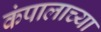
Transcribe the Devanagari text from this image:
कंपालाच्या